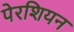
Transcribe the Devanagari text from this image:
पेरशियन